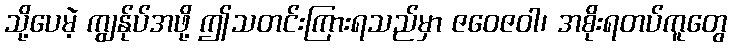
သို့ပေမဲ့ ကျွန်ုပ်အဖို့ ဤသတင်းကြားရသည်မှာ ဇဝေဇဝါ၊ အစိုးရတပ်ကူတွေ